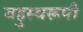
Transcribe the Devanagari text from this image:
बहुस्वरूपी